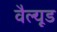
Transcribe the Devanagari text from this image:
वैल्यूड